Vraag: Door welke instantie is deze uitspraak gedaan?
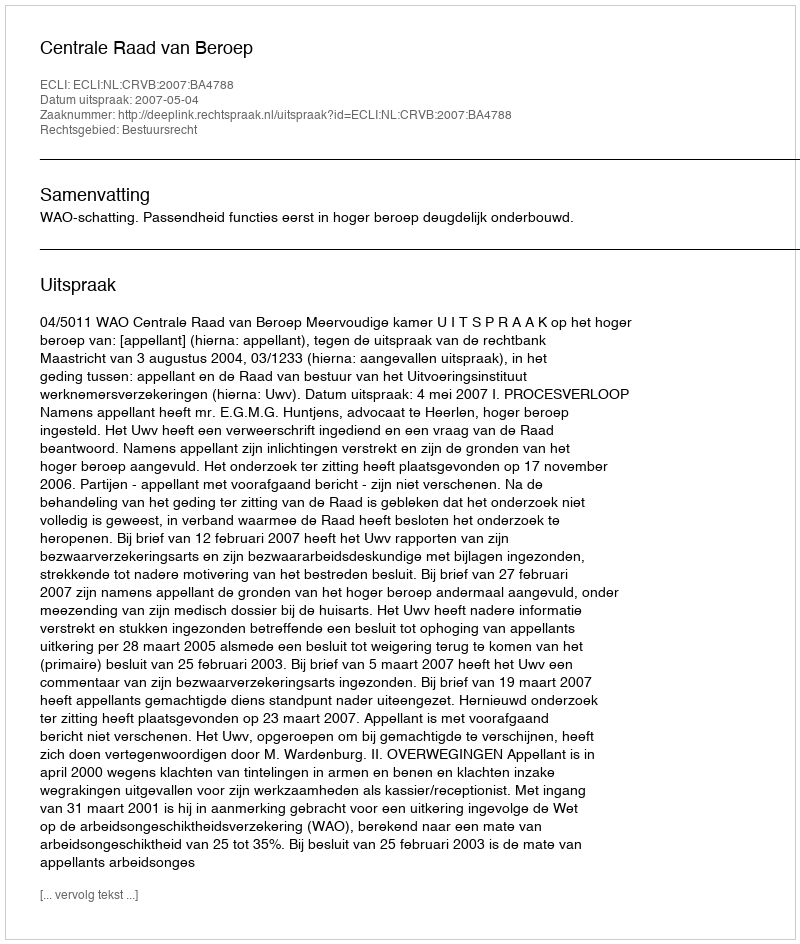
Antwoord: Centrale Raad van Beroep